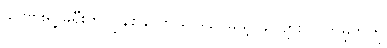
ခင်ဗျားရဲ့ ခရီးကို ပြန်စနိုင်တယ်။ဒါပေမယ့် ခင်ဗျား လက်မှတ်ကို